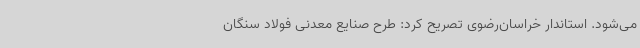
می‌شود. استاندار خراسان‌رضوی تصریح کرد: طرح صنایع معدنی فولاد سنگان